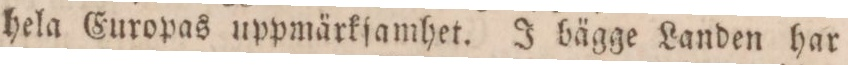
hela Europas uppmärkſamhet. J bägge Landen har